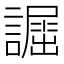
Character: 𧬲